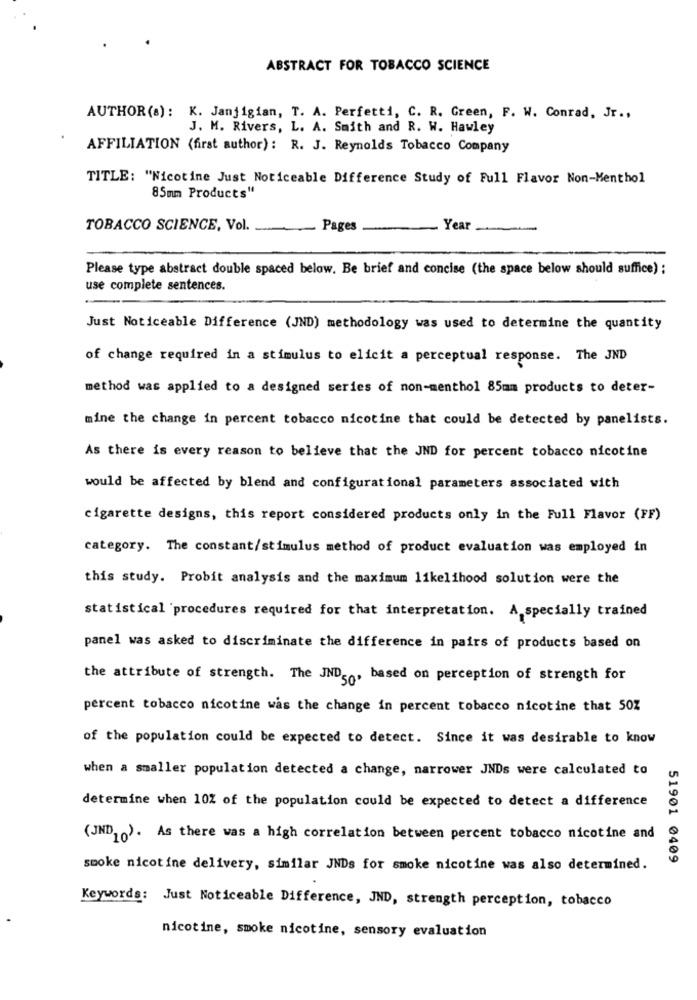
ABSTRACT FOR TOBACCO SCIENCE
AUTHOR (a): K. Janjigian, T. A. Perfetti, C. R. Green, F. W. Conrad, Jr .,
J. M. Rivers, L. A. Smith and R. W. Hawley
AFFILIATION (first author): R. J. Reynolds Tobacco Company
TITLE: "Nicotine Just Noticeable Difference Study of Full Flavor Non-Menthol
85mm Products"
TOBACCO SCIENCE, Vol.
Pages
Year
Please type abstract double spaced below. Be brief and concise (the space below should suffice) :
use complete sentences.
Just Noticeable Difference (JND) methodology was used to determine the quantity
of change required in a stimulus to elicit a perceptual response. The JND
method was applied to a designed series of non-menthol 85mm products to deter-
mine the change in percent tobacco nicotine that could be detected by panelists.
As there is every reason to believe that the JND for percent tobacco nicotine
would be affected by blend and configurational parameters associated with
cigarette designs, this report considered products only in the Full Flavor (FF)
category. The constant/stimulus method of product evaluation was employed in
this study. Probit analysis and the maximum likelihood solution were the
statistical procedures required for that interpretation. A specially trained
panel was asked to discriminate the difference in pairs of products based on
the attribute of strength. The JND ,,, based on perception of strength for
percent tobacco nicotine was the change in percent tobacco nicotine that 50Z
of the population could be expected to detect. Since it was desirable to know
when a smaller population detected a change, narrower JNDs were calculated to
determine when 10% of the population could be expected to detect a difference
(JND10). As there was a high correlation between percent tobacco nicotine and
51901 0409
smoke nicotine delivery, similar JNDs for smoke nicotine was also determined.
Keywords: Just Noticeable Difference, JND, strength perception, tobacco
nicotine, smoke nicotine, sensory evaluation